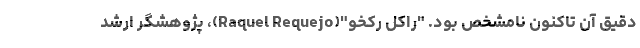
دقیق آن تاکنون نامشخص بود. "راکل رکخو"(Raquel Requejo)، پژوهشگر ارشد